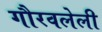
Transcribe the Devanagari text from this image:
गौरवलेली